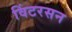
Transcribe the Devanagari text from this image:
विंटरसन